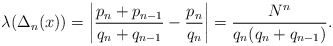
\begin{align*}\lambda(\Delta_n(x))=\left|\frac{p_n+p_{n-1}}{q_n+q_{n-1}}-\frac{p_n}{q_n}\right|=\frac{N^n}{q_n(q_n+q_{n-1})}.\end{align*}